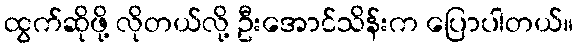
ထွက်ဆိုဖို့ လိုတယ်လို့ ဦးအောင်သိန်းက ပြောပါတယ်။